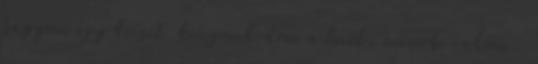
hagyom egy kicsit. kinyomkodom a levét, mixerbe rakom .